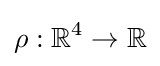
\rho :\mathbb {R} ^{4}\rightarrow \mathbb {R}